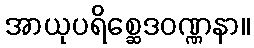
အာယုပရိစ္ဆေဒဝဏ္ဏနာ။